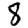
Digit: 8